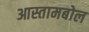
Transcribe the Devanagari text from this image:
आस्तामबोल